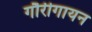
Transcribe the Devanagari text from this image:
गौरीगायन